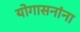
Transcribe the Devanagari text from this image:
योगासनांना